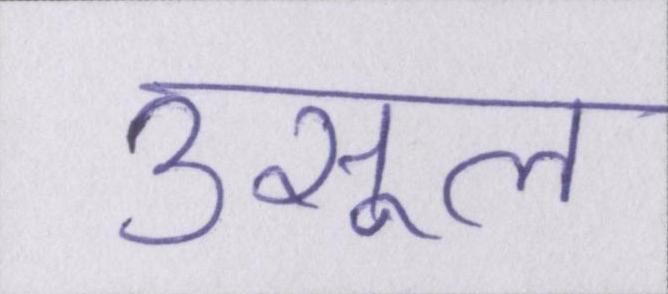
उसूल